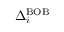
\Delta _ { i } ^ { \mathrm { B O B } }